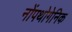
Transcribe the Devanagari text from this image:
नोंपथोगेनिक